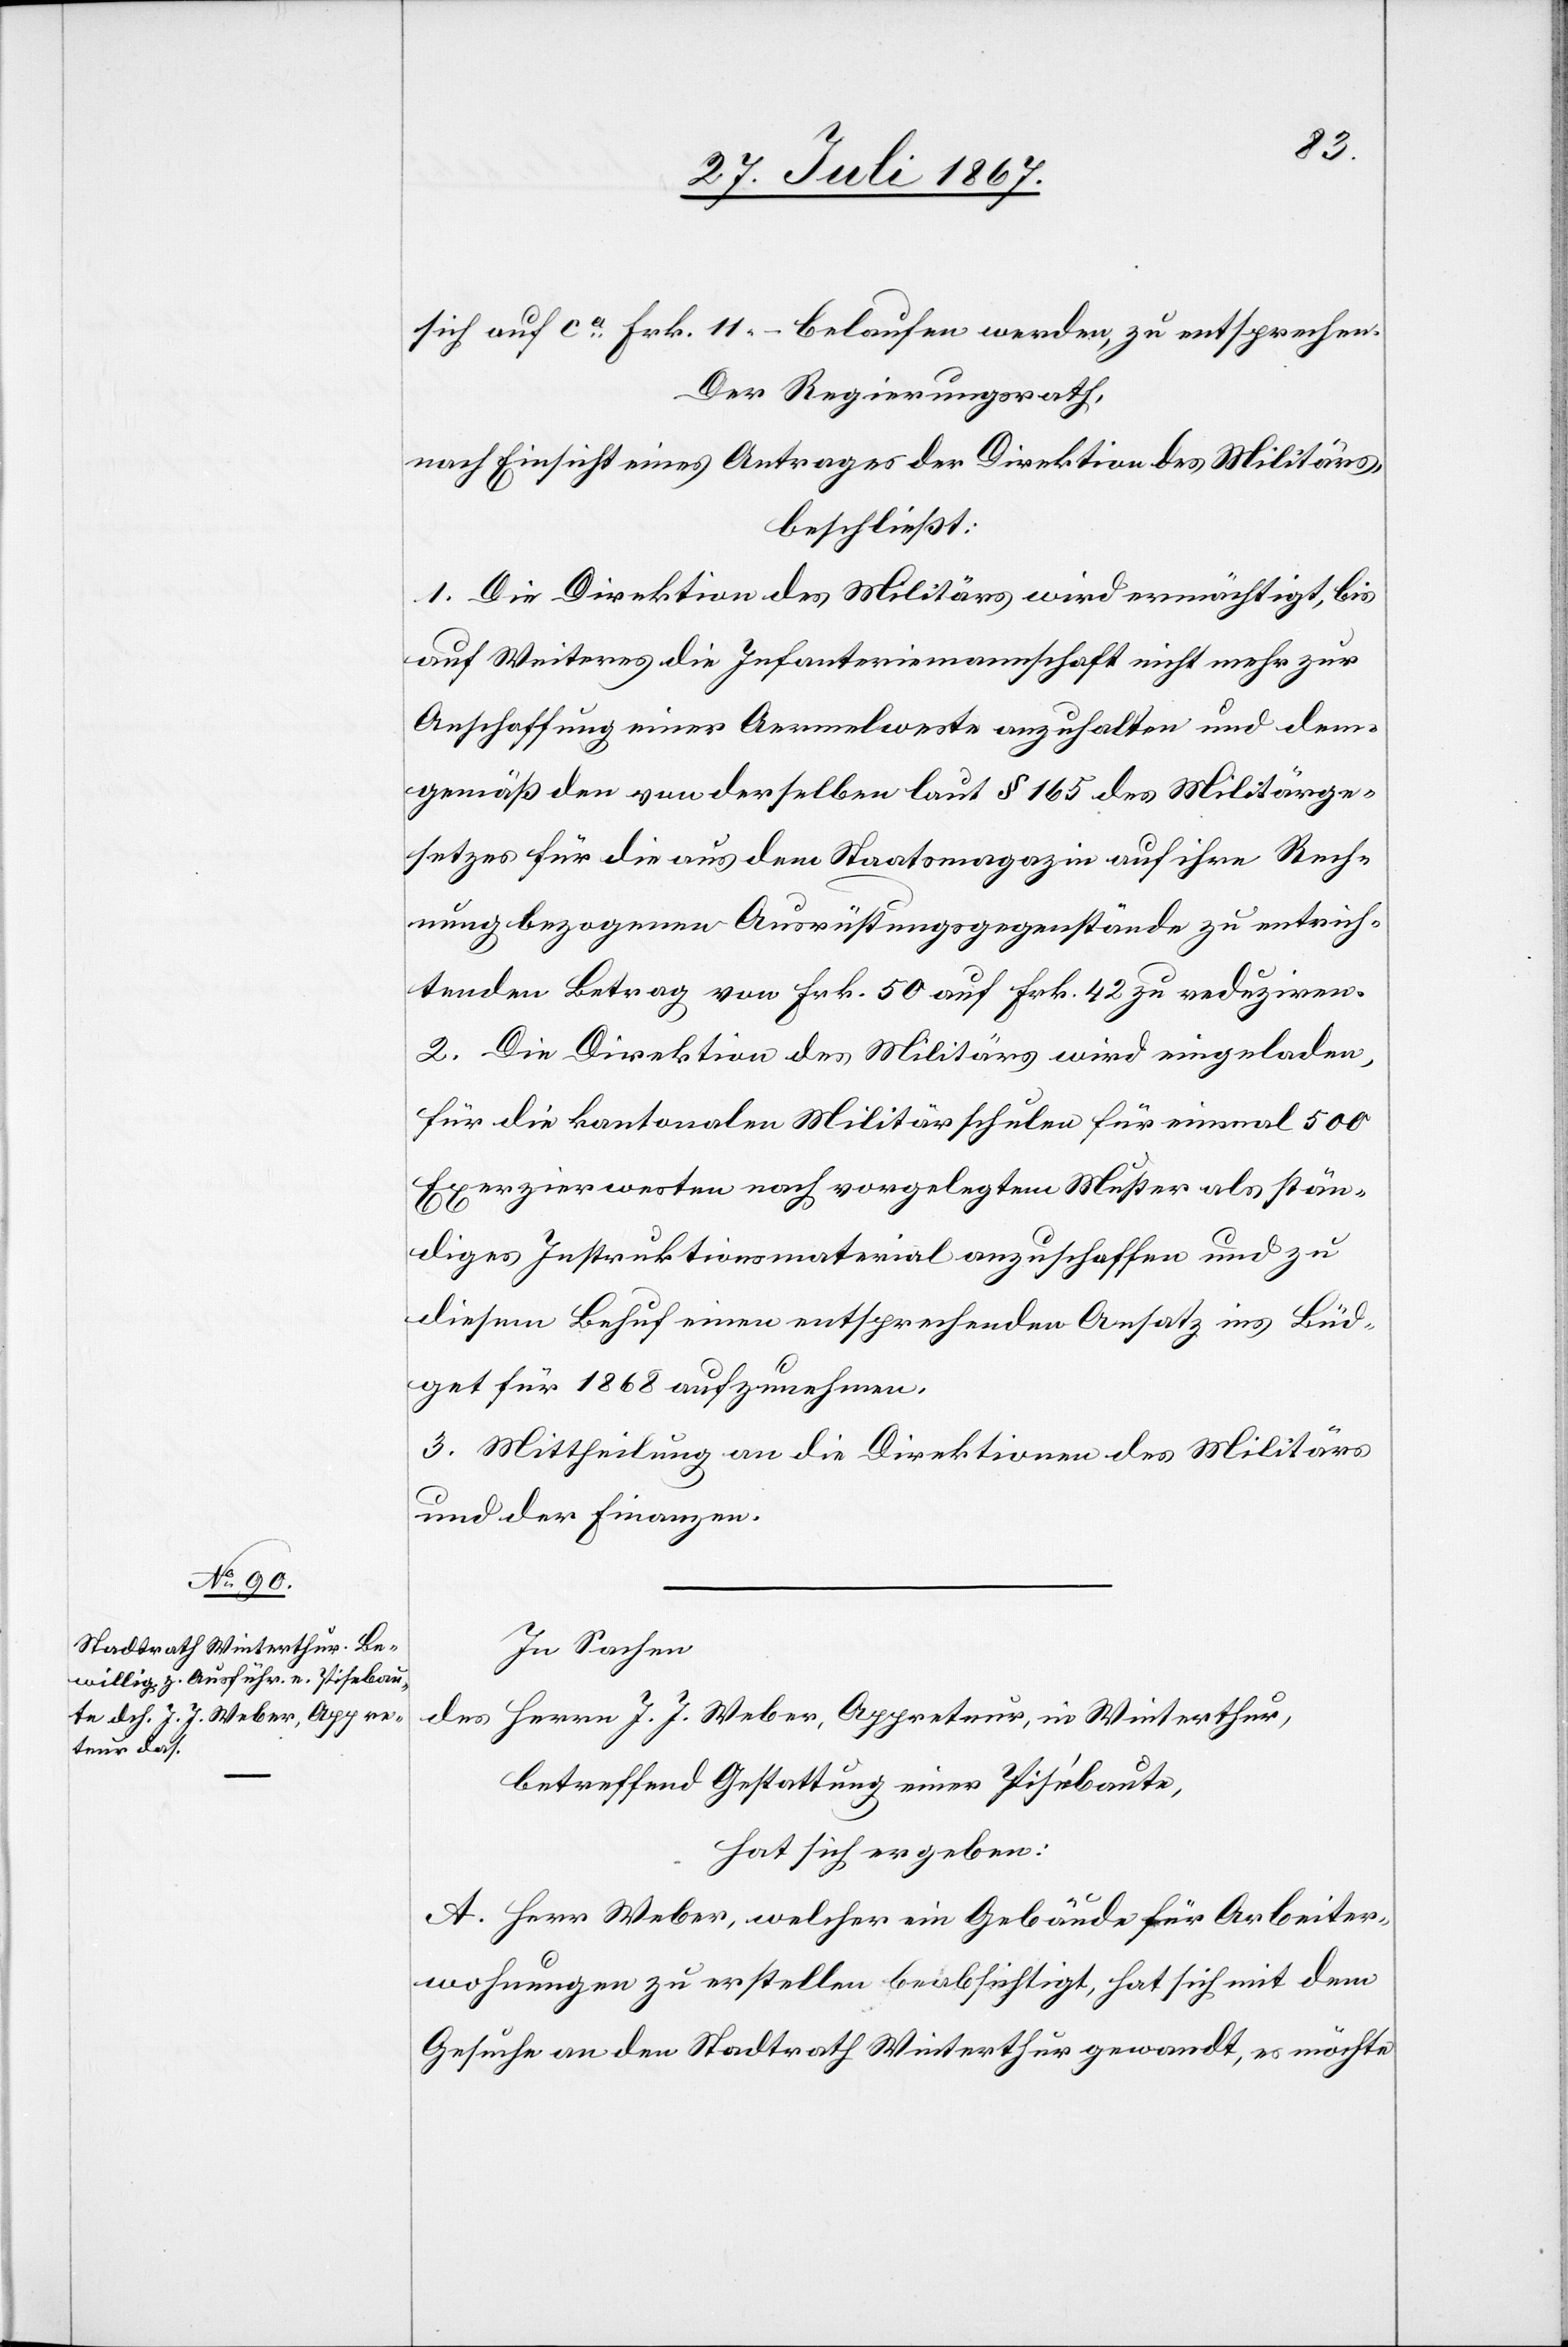
sich auf ca. Frk. 11.– belaufen werden, zu entsprechen.
Der Regierungsrath,
nach Einsicht eines Antrages der Direktion des Militärs,
beschließt:
1. Die Direktion des Militärs wird ermächtigt, bis
auf Weiteres die Infanteriemannschaft nicht mehr zur
Anschaffung einer Aermelweste anzuhalten und dem¬
gemäß den von derselben laut § 165 des Militärge¬
setzes für die aus dem Staatsmagazin auf ihre Rech¬
nung bezogenen Ausrüstungsgegenstände zu entrich¬
tenden Betrag von Frk. 50 auf Frk. 42 zu reduziren.
2. Die Direktion des Militärs wird eingeladen,
für die kantonalen Militärschulen für einmal 500
Exerzierwesten nach vorgelegtem Muster als stän¬
diges Instruktionsmaterial anzuschaffen und zu
diesem Behuf einen entsprechenden Ansatz ins Büd¬
get für 1868 aufzunehmen.
3. Mittheilung an die Direktionen des Militärs
und der Finanzen.
In Sachen
des Herrn J. J. Weber, Appreteur, in Winterthur,
betreffend Gestattung einer Pisébaute,
hat sich ergeben:
A. Herr Weber, welcher ein Gebäude für Arbeiter¬
wohnungen zu erstellen beabsichtigt, hat sich mit dem
Gesuche an den Stadtrath Winterthur gewandt, es möchte